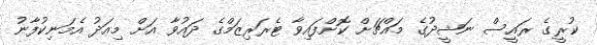
ކުރީގެ ރައީސް ނަޝީދުގެ މައްޗަށް ކޮށްފައިވާ ޓެރަރިޒަމްގެ ދައުވާ އަށް މިއަދު އެމަނިކުފާނު